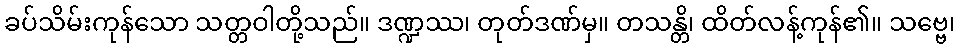
ခပ်သိမ်းကုန်သော သတ္တဝါတို့သည်။ ဒဏ္ဍဿ၊ တုတ်ဒဏ်မှ။ တသန္တိ၊ ထိတ်လန့်ကုန်၏။ သဗ္ဗေ၊